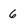
Character: 6